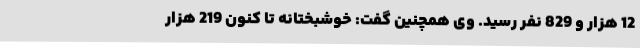
12 هزار و 829 نفر رسید. وی همچنین گفت: خوشبختانه تا کنون 219 هزار